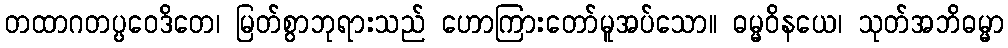
တထာဂတပ္ပဝေဒိတေ၊ မြတ်စွာဘုရားသည် ဟောကြားတော်မူအပ်သော။ ဓမ္မဝိနယေ၊ သုတ်အဘိဓမ္မာ